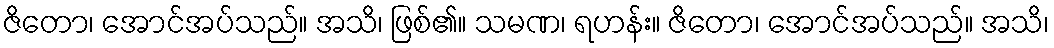
ဇိတော၊ အောင်အပ်သည်။ အသိ၊ ဖြစ်၏။ သမဏ၊ ရဟန်း။ ဇိတော၊ အောင်အပ်သည်။ အသိ၊